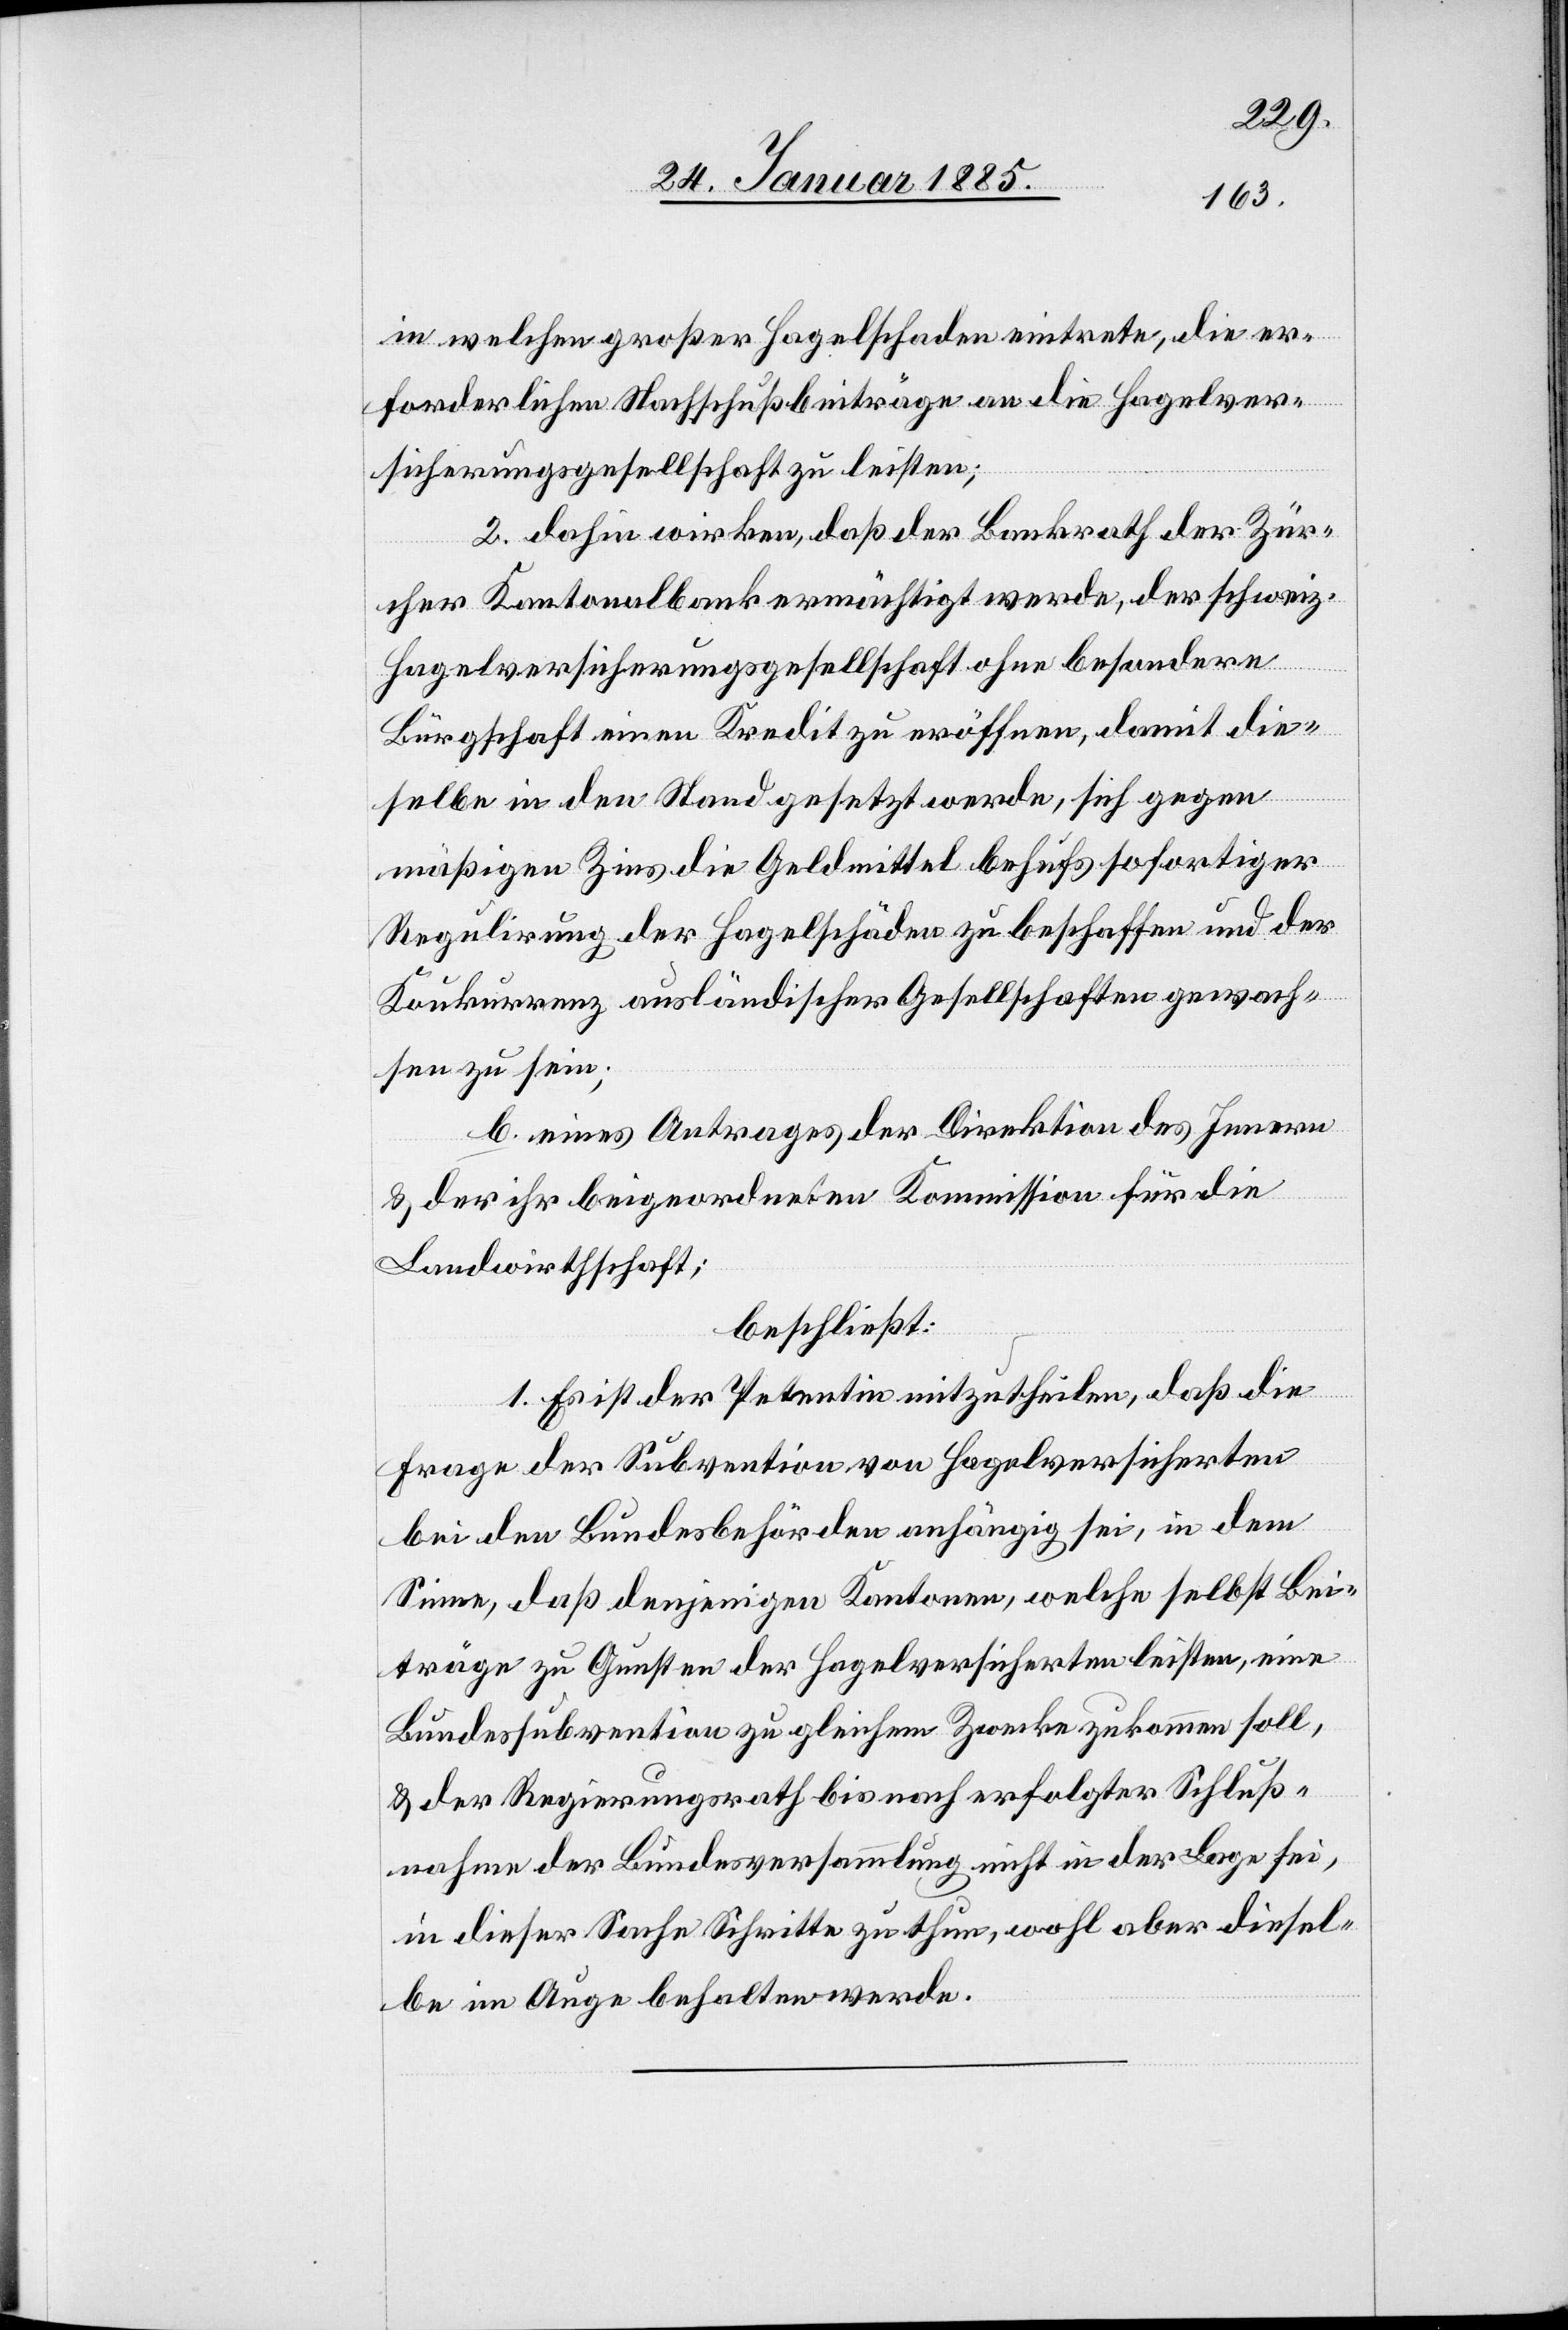
in welchen großer Hagelschaden eintrete, die er¬
forderlichen Nachschußbeiträge an die Hagelver¬
sicherungsgesellschaft zu leisten;
2. dahin wirken, daß der Bankrath der Zür¬
cher Kantonalbank ermächtigt werde, der schweiz.
Hagelversicherungsgesellschaft ohne besondere
Bürgschaft einen Kredit zu eröffnen, damit die¬
selbe in den Stand gesetzt werde, sich gegen
mäßigen Zins die Geldmittel behufs sofortiger
Regulirung der Hagelschäden zu beschaffen und der
Konkurrenz ausländischer Gesellschaften gewach¬
sen zu sein;
b. eines Antrages der Direktion des Innern
& der ihre beigeordneten Kommission für die
Landwirthschaft;
beschließt:
1. Es ist der Petentin mitzutheilen, daß die
Frage der Subvention von Hagelversicherten
bei den Bundesbehörden anhängig sei, in dem
Sinne, daß denjenigen Kantonen, welche selbst Bei¬
träge zu Gunsten der Hagelversicherten leisten, eine
Bundessubvention zu gleichem Zwecke zukommen soll,
& der Regierungsrath bis nach erfolgter Schluß¬
nahme der Bundesversammlung nicht in der Lage sei,
in dieser Sache Schritte zu thun, wohl aber diesel¬
ben im Auge behalten werde.